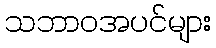
သဘာဝအပင်များ